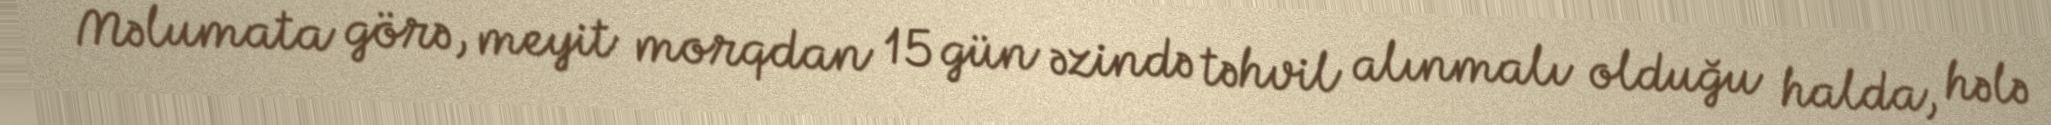
Məlumata görə, meyit morqdan 15 gün əzində təhvil alınmalı olduğu halda, hələ